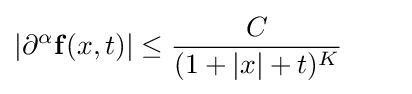
\vert \partial ^{\alpha }\mathbf {f} (x,t)\vert \leq {\frac {C}{(1+\vert x\vert +t)^{K}}}\qquad